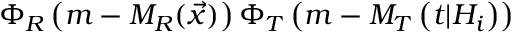
\Phi _ { R } \left( m - M _ { R } ( \vec { x } ) \right) \Phi _ { T } \left( m - M _ { T } \left( t \vert { \cal H } _ { i } \right) \right)